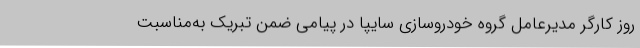
روز كارگر مديرعامل گروه خودروسازي سايپا در پيامي ضمن تبريك به‌مناسبت